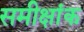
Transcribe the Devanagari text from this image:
समीक्षांक